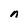
Character: n